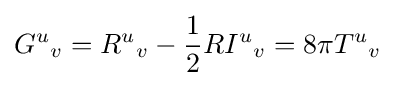
G^{u}{}_{v}=R^{u}{}_{v}-{\frac {1}{2}}RI^{u}{}_{v}=8\pi T^{u}{}_{v}